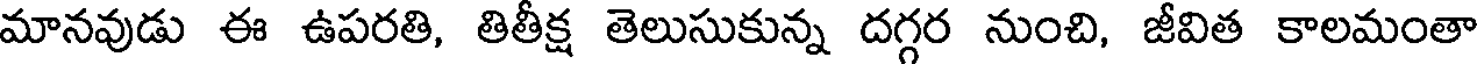
మానవుడు ఈ ఉపరతి, తితీక్ష తెలుసుకున్న దగ్గర నుంచి, జీవిత కాలమంతా